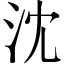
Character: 沈